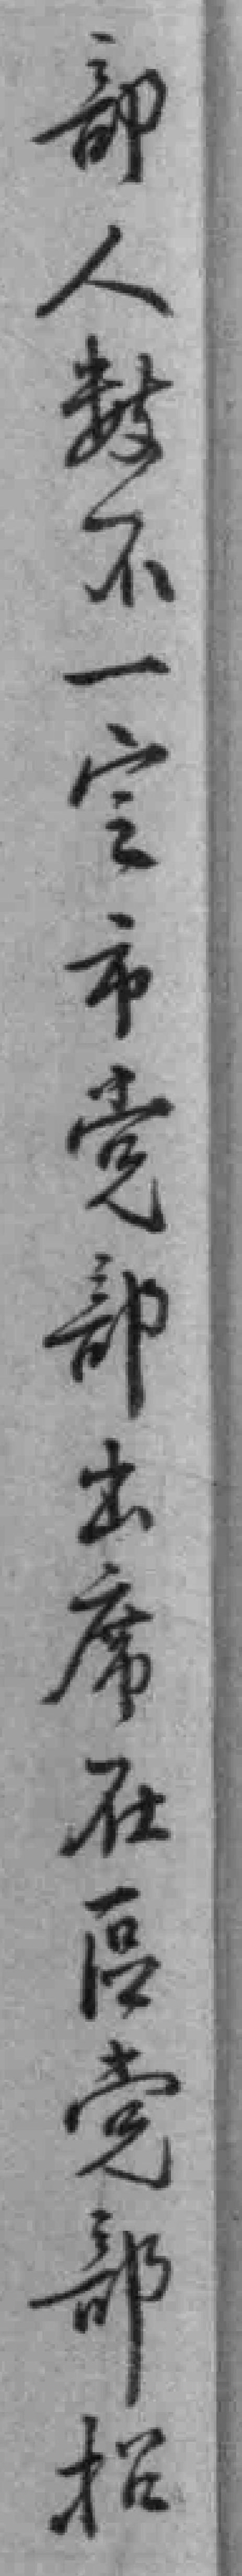
部人数不一㝎市党部出席在區党部招